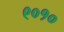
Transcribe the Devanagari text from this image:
९०१०